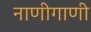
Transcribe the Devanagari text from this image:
नाणीगाणी